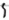
Text: S